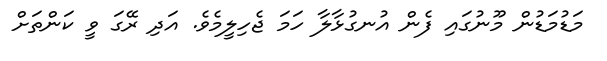
މަޑުމަޑުން މޫނުގައި ފެން އުނގުޅާލާ ހަމަ ޖެހިލީމެވެ. އަދި ރޭގަ ވީ ކަންތަށް